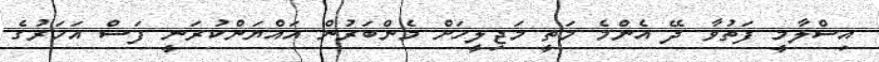
އިސްލާމީ ފަތުވާ ދޭ އެންމެ މަތީ މަޖިލީހަށް މެންބަރުން އައްޔަންކުރަނީ ފަސް އަހަރުގެ